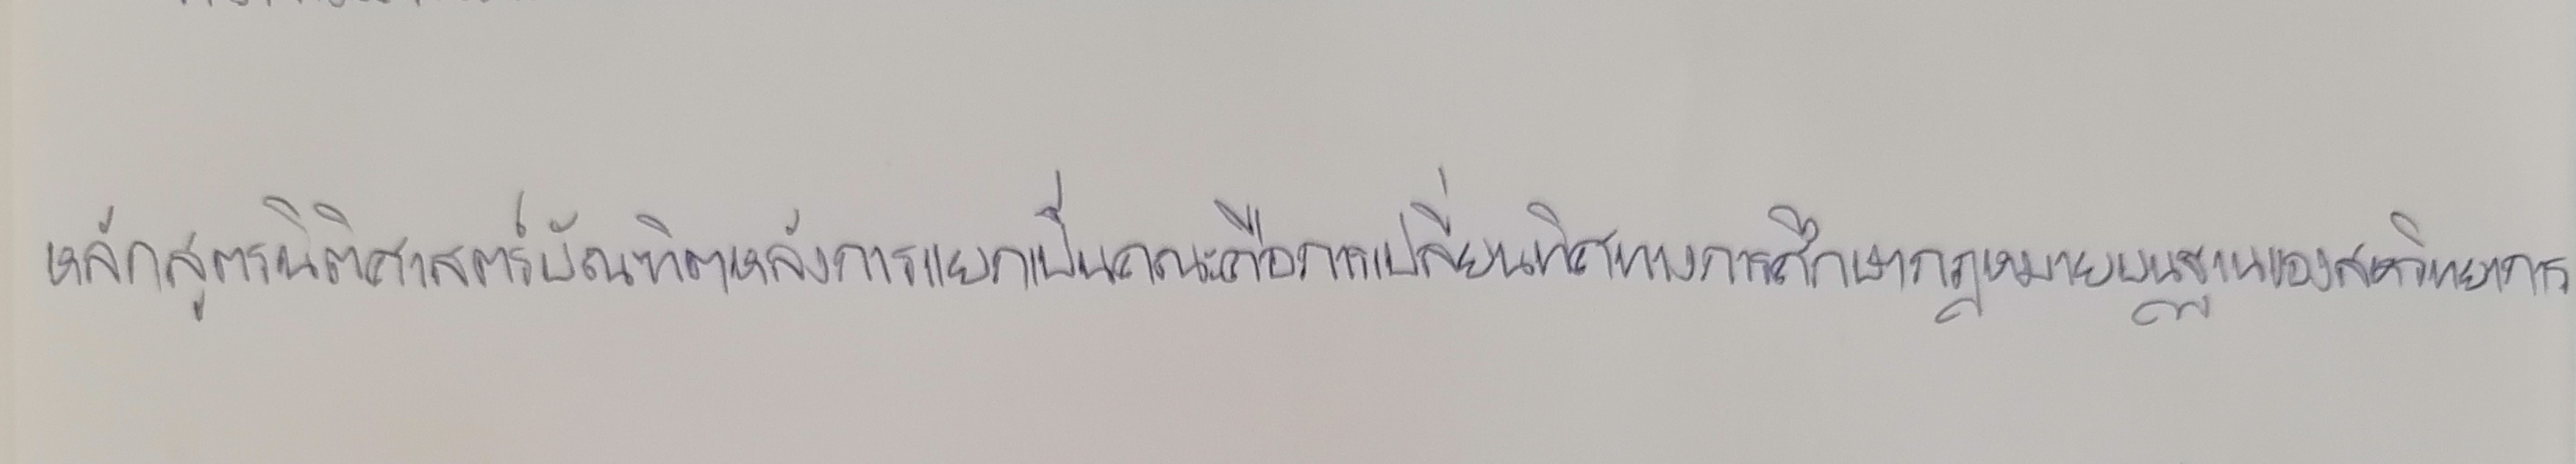
หลักสูตรนิติศาสตร์บัณฑิตหลังการแยกเป็นคณะคือการเปลี่ยนทิศทางการศึกษากฎหมายบนฐานของสหวิทยาการ